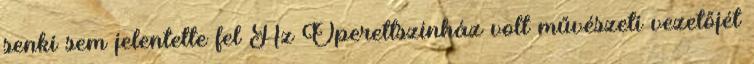
senki sem jelentette fel Az Operettszínház volt művészeti vezetőjét